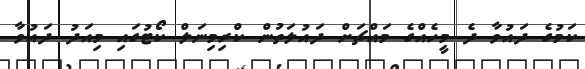
ކަމުގެ ދައުވާ ދެ މީހެއްގެ މައްޗަށް ދައުލަތުން ކްރިމިނަލް ކޯޓުގައި މިއަދު ދައުވާ